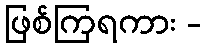
ဖြစ်ကြရကား -